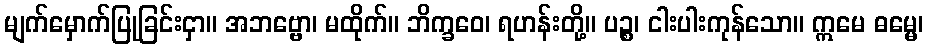
မျက်မှောက်ပြုခြင်းငှာ။ အဘဗ္ဗော၊ မထိုက်။ ဘိက္ခဝေ၊ ရဟန်းတို့။ ပဉ္စ၊ ငါးပါးကုန်သော။ ဣမေ ဓမ္မေ၊